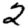
Digit: 2